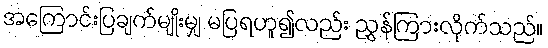
အကြောင်းပြချက်မျိုးမျှ မပြရဟူ၍လည်း ညွှန်ကြားလိုက်သည်။